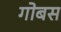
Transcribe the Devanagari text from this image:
गोबस